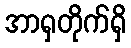
အာရှတိုက်ရှိ